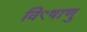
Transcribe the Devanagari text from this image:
वि९षाणु